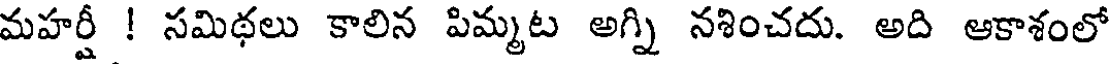
మహర్షీ ! సమిథలు కాలిన పిమ్మట అగ్ని నశించదు. అది ఆకాశంలో